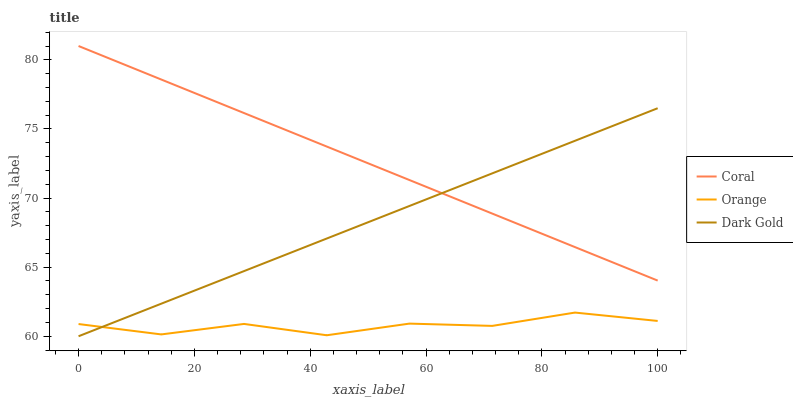
| xaxis_label | Coral | Orange | Dark Gold |
 | --- | --- | --- | --- |
 | 0 | 81 | 60.9 | 60 |
 | 14.3 | 78.6 | 60.1 | 62.4 |
 | 28.6 | 76.2 | 60.9 | 64.7 |
 | 42.9 | 73.7 | 60.1 | 67.1 |
 | 57.1 | 71.3 | 60.9 | 69.4 |
 | 71.4 | 68.9 | 60.7 | 71.8 |
 | 85.7 | 66.5 | 61.7 | 74.1 |
 | 100 | 64 | 61.1 | 76.5 |